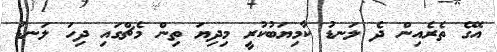
އޭގެ ތެރެއިން ދެ ލަނޑު ކާމިޔަބުކުރީ މިދިޔަ ތިން މެޗްގައި ދިހަ ލަނޑު